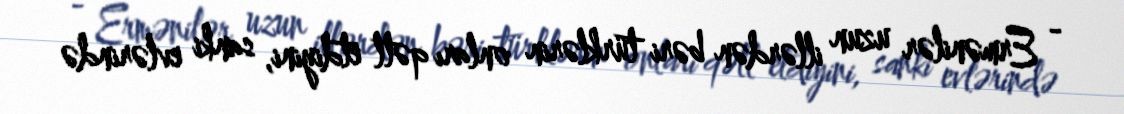
- Ermənilər uzun illərdən bəri türklərin onları qətl etdiyini, sanki evlərində